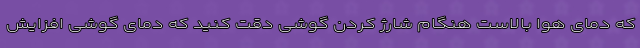
که دمای هوا بالاست هنگام شارژ کردن گوشی دقت کنید که دمای گوشی افزایش